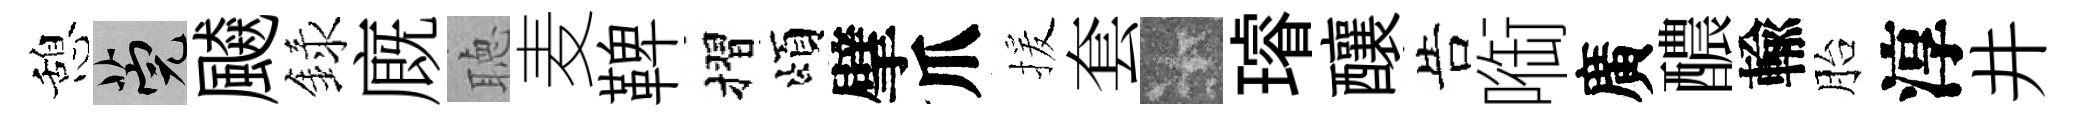
憩筦飇録廐聴麦鞞摺頌擘爪援套卡璿釀告㗸廣醲輸胎淳井